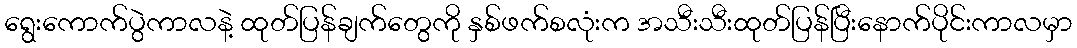
ရွေးကောက်ပွဲကာလနဲ့ ထုတ်ပြန်ချက်တွေကို နှစ်ဖက်စလုံးက အသီးသီးထုတ်ပြန်ပြီးနောက်ပိုင်းကာလမှာ